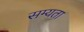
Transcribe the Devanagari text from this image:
सम्यता